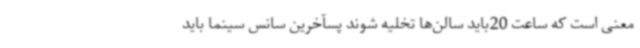
معنی است که ساعت 20باید سالن‌ها تخلیه شوند پسآخرین سانس سینما باید